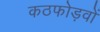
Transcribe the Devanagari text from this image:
कठफोड़वों